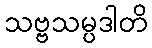
သဗ္ဗသမ္ပဒါတိ